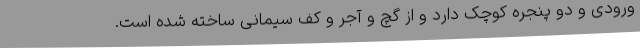
ورودی و دو پنجره کوچک دارد و از گچ و آجر و کف سیمانی ساخته شده است.